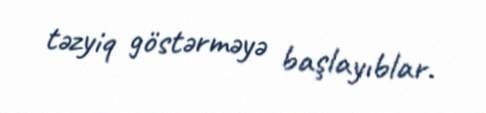
təzyiq göstərməyə başlayıblar.